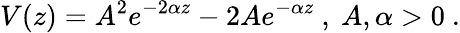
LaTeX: V(z)=A^{2}e^{-2\alpha z}-2Ae^{-\alpha z}\ ,\ A,\alpha>0\ .